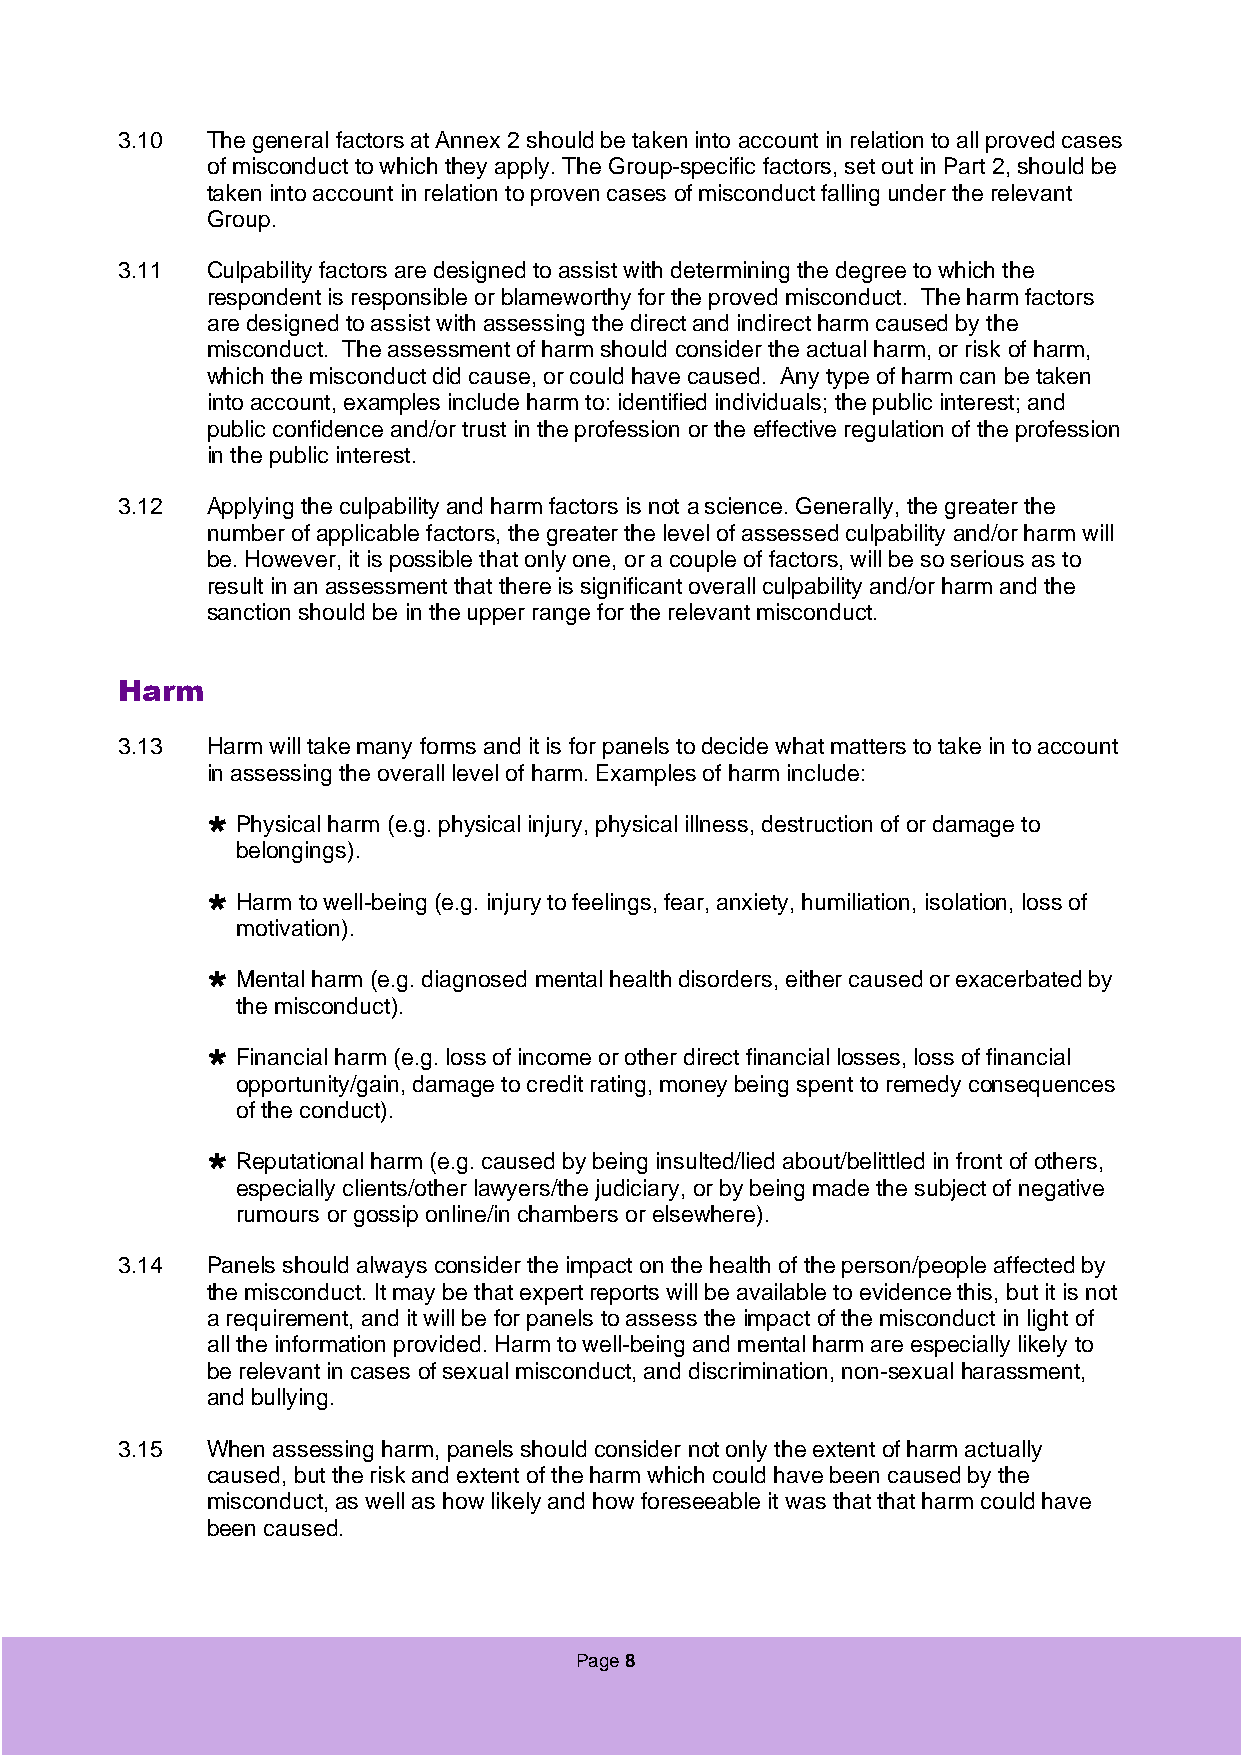
3.10  The general factors at Annex 2 should be taken into account in relation to all proved cases
 of misconduct to which they apply. The Group-specific factors, set out in Part 2, should be
 taken into account in relation to proven cases of misconduct falling under the relevant
 Group.
 3.11  Culpability factors are designed to assist with determining the degree to which the
 respondent is responsible or blameworthy for the proved misconduct. The harm factors
 are designed to assist with assessing the direct and indirect harm caused by the
 misconduct. The assessment of harm should consider the actual harm, or risk of harm,
 which the misconduct did cause, or could have caused. Any type of harm can be taken
 into account, examples include harm to: identified individuals; the public interest; and
 public confidence and/or trust in the profession or the effective regulation of the profession
 in the public interest.
 3.12  Applying the culpability and harm factors is not a science. Generally, the greater the
 number of applicable factors, the greater the level of assessed culpability and/or harm will
 be. However, it is possible that only one, or a couple of factors, will be so serious as to
 result in an assessment that there is significant overall culpability and/or harm and the
 sanction should be in the upper range for the relevant misconduct.
 Harm
 3.13  Harm will take many forms and it is for panels to decide what matters to take in to account
 in assessing the overall level of harm. Examples of harm include:
  Physical harm (e.g. physical injury, physical illness, destruction of or damage to
 belongings).
  Harm to well-being (e.g. injury to feelings, fear, anxiety, humiliation, isolation, loss of
 motivation).
  Mental harm (e.g. diagnosed mental health disorders, either caused or exacerbated by
 the misconduct).
  Financial harm (e.g. loss of income or other direct financial losses, loss of financial
 opportunity/gain, damage to credit rating, money being spent to remedy consequences
 of the conduct).
  Reputational harm (e.g. caused by being insulted/lied about/belittled in front of others,
 especially clients/other lawyers/the judiciary, or by being made the subject of negative
 rumours or gossip online/in chambers or elsewhere).
 3.14  Panels should always consider the impact on the health of the person/people affected by
 the misconduct. It may be that expert reports will be available to evidence this, but it is not
 a requirement, and it will be for panels to assess the impact of the misconduct in light of
 all the information provided. Harm to well-being and mental harm are especially likely to
 be relevant in cases of sexual misconduct, and discrimination, non-sexual harassment,
 and bullying.
 3.15  When assessing harm, panels should consider not only the extent of harm actually
 caused, but the risk and extent of the harm which could have been caused by the
 misconduct, as well as how likely and how foreseeable it was that that harm could have
 been caused.
 Page 8